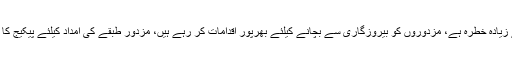
وزیراعظم عمران خان نے کہا کہ کورونا کے اثرات سے کمزور طبقے کو سب سے زیادہ خطرہ ہے، مزدوروں کو بیروزگاری سے بچانے کیلئے بھرپور اقدامات کر رہے ہیں، مزدور طبقے کی امداد کیلئے پیکیج کا اعلان کیا گیا ہے، ایک کروڑ 20 لاکھ افراد کو احساس پروگرام سے پیسے دیں گے۔